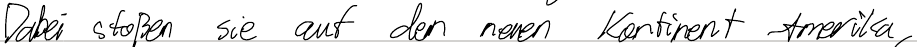
Dabei stoßen sie auf den neuen Kontinent Amerika,